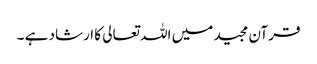
قرآن مجید میں اللہ تعالی کا ارشاد ہے ۔